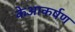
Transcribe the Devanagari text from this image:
केआकर्षण